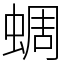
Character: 蜩